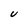
Character: U